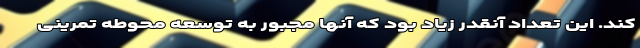
کند. این تعداد آنقدر زیاد بود که آنها مجبور به توسعه محوطه تمرینی